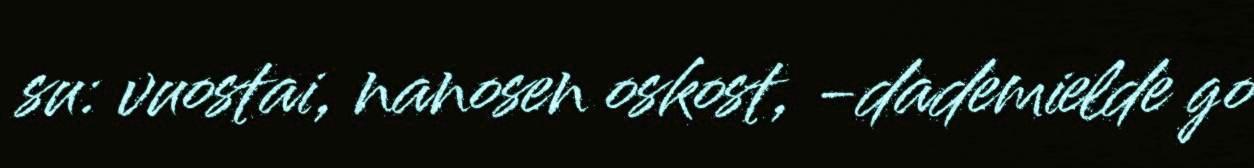
su: vuostai, nanosen oskost, -dademielde go